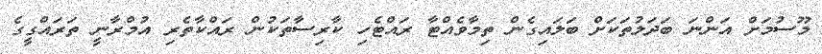
މޫސުމަށް އަންނަ ބަދަލުތަކަށް ބަލައިގެން ތިމާވެއްޓާ ރައްޓެހި ކާރިސާތަކުން ރައްކާތެރި އުމްރާނީ ތަރައްގީގެ